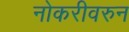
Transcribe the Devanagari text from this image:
नोकरीवरुन